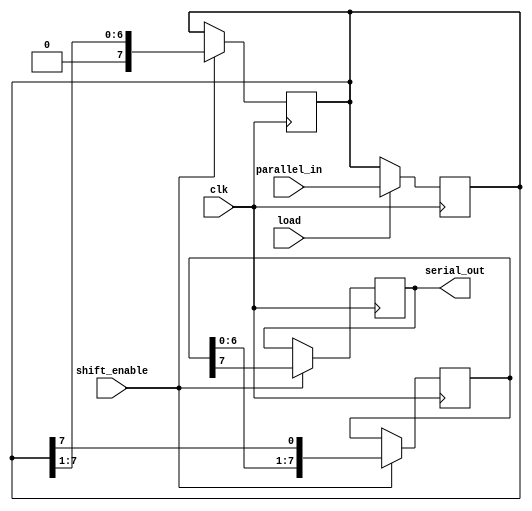
module TwoStagePISO #(
    parameter DATA_WIDTH = 8  // Define the width of the input data bus
)(
    input wire clk,            // Clock signal
    input wire load,          // Load signal
    input wire shift_enable,   // Shift enable signal
    input wire [DATA_WIDTH-1:0] parallel_in, // Parallel input data
    output reg serial_out      // Serial output
);

    // Internal signals for the two stages of flip-flops
    reg [DATA_WIDTH-1:0] parallel_stage; // First stage to hold parallel data
    reg [DATA_WIDTH-1:0] shift_stage;    // Second stage for serial shifting

    // Load the parallel data into the first stage on the rising edge of the clock
    always @(posedge clk) begin
        if (load) begin
            parallel_stage <= parallel_in; // Load parallel data
        end
    end

    // Shift the data from the first stage to the second stage and output serially
    always @(posedge clk) begin
        if (shift_enable) begin
            // Shift the data in the second stage
            shift_stage <= {shift_stage[DATA_WIDTH-2:0], parallel_stage[DATA_WIDTH-1]};
            // Shift out the MSB from the shift stage
            serial_out <= shift_stage[DATA_WIDTH-1];
            // Update parallel_stage to remove the shifted bit
            parallel_stage <= {1'b0, parallel_stage[DATA_WIDTH-1:1]};
        end
    end

endmodule